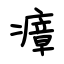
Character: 瘴